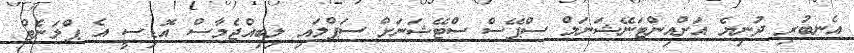
އެނބުރި ދުނިޔެ އަށްއިންޓަނޭޝަނަލް ސްޕޭސް ސްޓޭޝަނަށް ސަޕްލައި ލިބިއްޖެމާސް އޮޑިސީ އެ ޕްލަނެޓް